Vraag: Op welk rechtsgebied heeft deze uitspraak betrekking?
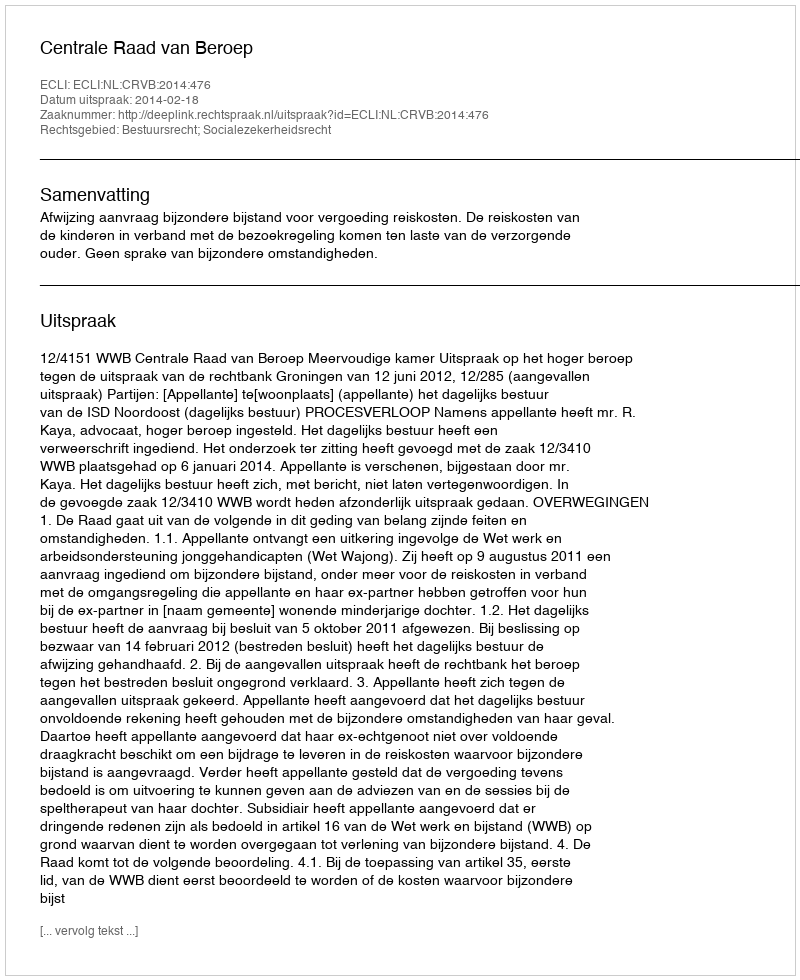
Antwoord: Bestuursrecht; Socialezekerheidsrecht